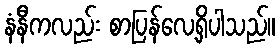
နံနီကလည်း စာပြန်လေ့ရှိပါသည်။